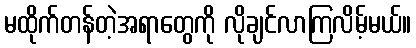
မထိုက်တန်တဲ့အရာတွေကို လိုချင်လာကြလိမ့်မယ်။